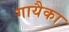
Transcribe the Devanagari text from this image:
गायैका